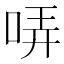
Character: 哢